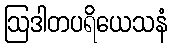
ဩဒါတပရိယေသနံ